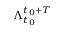
\Lambda _ { t _ { 0 } } ^ { t _ { 0 } + T }